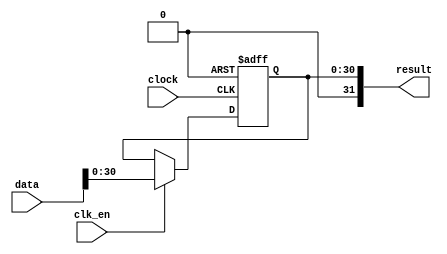
module  acl_fp_abs_altfp_abs_j3b
	( 
	clk_en,
	clock,
	data,
	result) ;
	input   clk_en;
	input   clock;
	input   [31:0]  data;
	output   [31:0]  result;
`ifndef ALTERA_RESERVED_QIS
// synopsys translate_off
`endif
	tri1   clk_en;
	tri0   clock;
`ifndef ALTERA_RESERVED_QIS
// synopsys translate_on
`endif

	reg	[30:0]	result_pipe;
	wire aclr;
	wire  [31:0]  data_w;
	wire  gnd_w;

	// synopsys translate_off
	initial
		result_pipe = 0;
	// synopsys translate_on
	always @ ( posedge clock or  posedge aclr)
		if (aclr == 1'b1) result_pipe <= 31'b0;
		else if  (clk_en == 1'b1)   result_pipe <= data_w[30:0];
	assign
		aclr = 1'b0,
		data_w = {gnd_w, data[30:0]},
		gnd_w = 1'b0,
		result = {data_w[31], result_pipe[30:0]};
endmodule